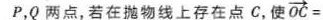
P，Q两点，若在抛物线上存在点C，使$$\overrightarrow { O C } =